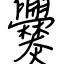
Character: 爨